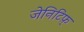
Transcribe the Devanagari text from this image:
जेनिटिफ़्